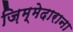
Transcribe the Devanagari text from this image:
ज़िम्मेदाराना